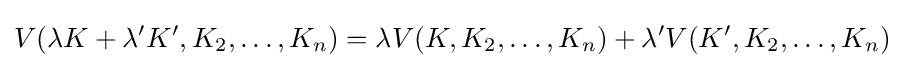
V(\lambda K+\lambda 'K',K_{2},\dots ,K_{n})=\lambda V(K,K_{2},\dots ,K_{n})+\lambda 'V(K',K_{2},\dots ,K_{n})